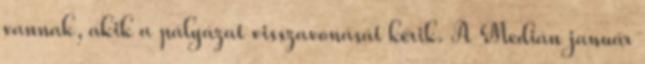
vannak, akik a pályázat visszavonását kérik. A Medián január